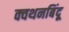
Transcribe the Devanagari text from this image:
क्वथनबिंदू